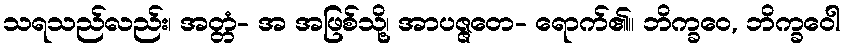
သရသည်လည်း၊ အတ္တံ- အ အဖြစ်သို့၊ အာပဇ္ဇတေ- ရောက်၏။ ဘိက္ခဝေ, ဘိက္ခဝေါ